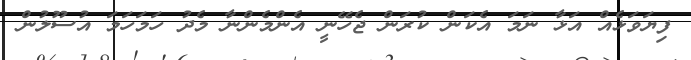
ފިޔަވަޅެއް އަޅާ ނަމަ އެކަން ކުރަން ޖެހޭނީ އެންމެންނާ މެދު ހަމަހަމަ އުސޫލުން